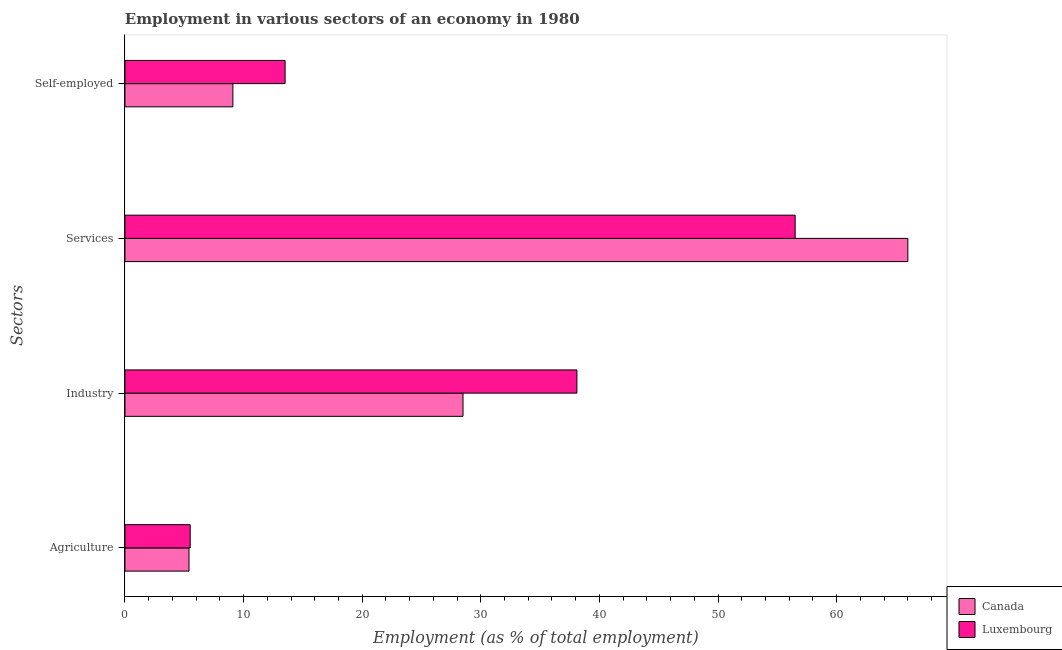
| Sectors | Canada | Luxembourg |
 | --- | --- | --- |
 | Agriculture | 5.4 | 5.5 |
 | Industry | 28.5 | 38.1 |
 | Services | 66 | 56.5 |
 | Self-employed | 9.1 | 13.5 |